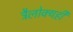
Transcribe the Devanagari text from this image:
त्रैलोक्यही